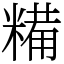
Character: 糒